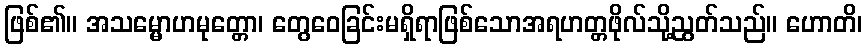
ဖြစ်၏။ အသမ္မောဟမုတ္တော၊ တွေဝေခြင်းမရှိရာဖြစ်သောအရဟတ္တဖိုလ်သို့ညွတ်သည်။ ဟောတိ၊